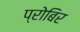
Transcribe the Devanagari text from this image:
प्रोबिर